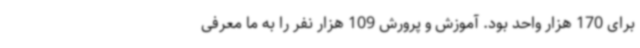
برای 170 هزار واحد بود. آموزش و پرورش 109 هزار نفر را به ما معرفی